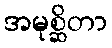
အမုစ္ဆိတာ